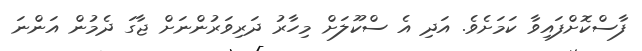
ފާސްކޮށްފައިވާ ކަމަށެވެ. އަދި އެ ސްކޫލަށް މިހާރު ދަރިވަރުންނަށް ޖާގަ ދެމުން އަންނަ